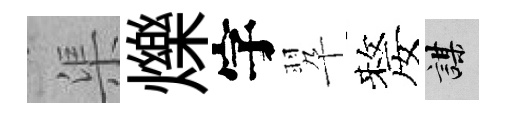
渠爍字翆嫠謀